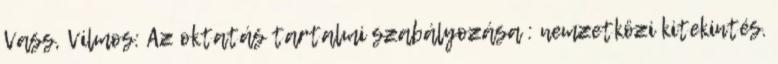
Vass, Vilmos: Az oktatás tartalmi szabályozása : nemzetközi kitekintés.